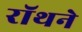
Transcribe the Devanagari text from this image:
रॉथने